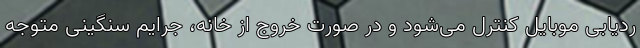
ردیابی موبایل کنترل می‌شود و در صورت خروج از خانه، جرایم سنگینی متوجه